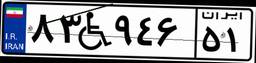
۱۹W۹۷۴۲۰